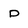
Character: D